Indian journal of veterinary science and animal husbandry - Volume 9,
Year: 1939
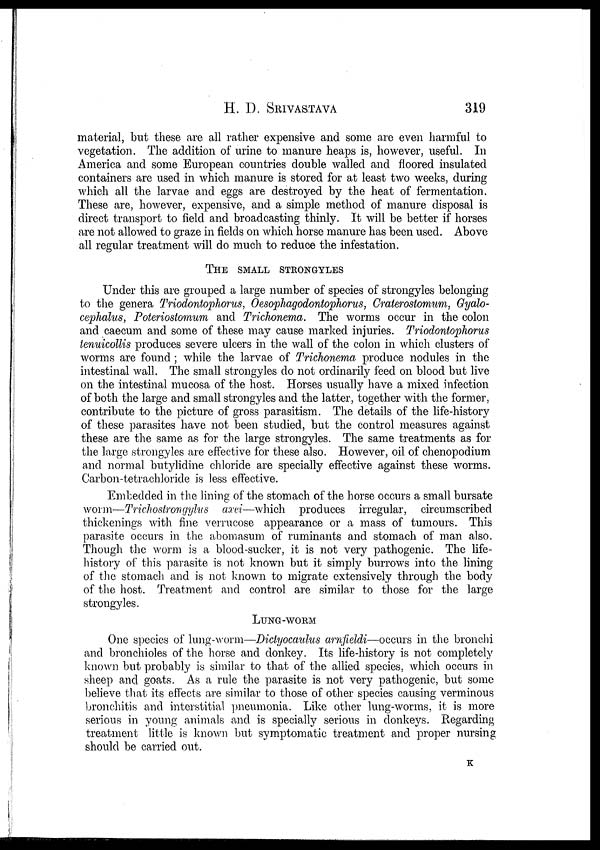
H. D.
SRIVASTAVA
319
material, but these are all rather expensive and some are even harmful to
vegetation. The addition of urine to manure heaps is, however, useful. In
America and some European countries double walled and floored insulated
containers are used in which manure is stored for at least two weeks, during
which all the larvae and eggs are destroyed by the heat of fermentation.
These are, however, expensive, and a simple method of manure disposal is
direct transport to field and broadcasting thinly. It will be better if horses
are not allowed to graze in fields on which horse manure has been used. Above
all regular treatment will do much to reduce the infestation.
THE SMALL STRONGYLES
Under this are grouped a large number of species of strongyles belonging
to the genera Triodontophorus, Oesophagodontophorus, Craterostomum, Gyalo¬
cephalus, Poteriostomum and Trichonema. The worms occur in the colon
and caecum and some of these may cause marked injuries. Triodontophorus
tenuicollis produces severe ulcers in the wall of the colon in which clusters of
worms are found ; while the larvae of Trichonema produce nodules in the
intestinal wall. The small strongyles do not ordinarily feed on blood but live
on the intestinal mucosa of the host. Horses usually have a mixed infection
of both the large and small strongyles and the latter, together with the former,
contribute to the picture of gross parasitism. The details of the life-history
of these parasites have not been studied, but the control measures against
these are the same as for the large strongyles. The same treatments as for
the large strongyles are effective for these also. However, oil of chenopodium
and normal butylidine chloride are specially effective against these worms.
Carbon-tetrachloride is less effective.
Embedded in the lining of the stomach of the horse occurs a small bursate
worm—Trichostrongylus axei—which produces irregular, circumscribed
thickenings with fine verrucose appearance or a mass of tumours. This
parasite occurs in the abomasum of ruminants and stomach of man also.
Though the worm is a blood-sucker, it is not very pathogenic. The life-
history of this parasite is not known but it simply burrows into the lining
of the stomach and is not known to migrate extensively through the body
of the host. Treatment and control are similar to those for the large
strongyles.
LUNG-WORM
One species of lung-worm—Dictyocaulus arnfieldi—occurs in the bronchi
and bronchioles of the horse and donkey. Its life-history is not completely
known but probably is similar to that of the allied species, which occurs in
sheep and goats. As a rule the parasite is not very pathogenic, but some
believe that its effects are similar to those of other species causing verminous
bronchitis and interstitial pneumonia. Like other lung-worms, it is more
serious in young animals and is specially serious in donkeys. Regarding
treatment little is known but symptomatic treatment and proper nursing
should be carried out.
K